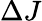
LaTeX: {\Delta J}